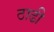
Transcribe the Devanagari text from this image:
ठाढी